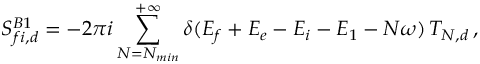
S _ { f i , d } ^ { B 1 } = - 2 \pi i \sum _ { N = N _ { m i n } } ^ { + \infty } \delta ( E _ { f } + E _ { e } - E _ { i } - E _ { 1 } - N \omega ) \, T _ { N , d } \, ,